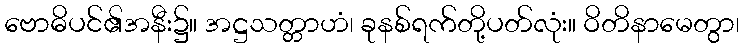
ဗောဓိပင်၏အနီး၌။ အဋ္ဌသတ္တာဟံ၊ ခုနစ်ရက်တို့ပတ်လုံး။ ဝိတိနာမေတွာ၊